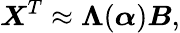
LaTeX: \boldsymbol{X}^{T}\approx\boldsymbol{\Lambda}(\boldsymbol{\alpha})\boldsymbol{B},